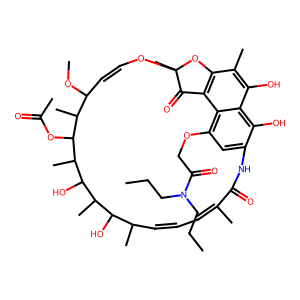
SMILES: CCCN(CCC)C(=O)COc1cc2c(O)c3c(O)c(C)c4c(c13)C(=O)C(C)(OC=CC(OC)C(C)C(OC(C)=O)C(C)C(O)C(C)C(O)C(C)C=CC=C(C)C(=O)N2)O4
Inhibits HIV replication: No